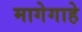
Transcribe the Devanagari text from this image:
मागेगाहे